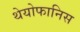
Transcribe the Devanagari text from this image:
थेयोफानिस